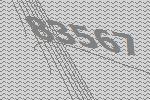
83567